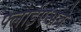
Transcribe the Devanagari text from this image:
फ्लाईएअवे